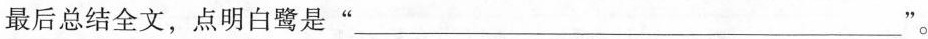
最后总结全文，点名白鹭是“___”。